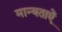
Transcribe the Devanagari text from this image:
मान्यताऐं